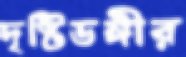
দৃষ্টিভঙ্গীর